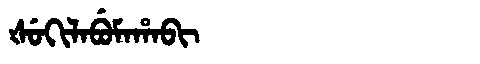
Manchu: ᡧᡠᡴᡳᠯᠠᠪᡠᠮᠠᡥᠠᠪᡳ
Romanization: ŠUKILABUMAHABI